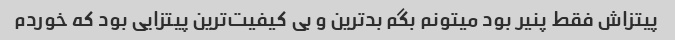
پیتزاش فقط پنیر بود میتونم بگم بدترین و بی کیفیت‌ترین پیتزایی بود که خوردم